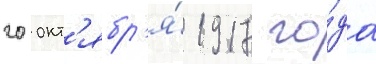
20 окт'ябр'я́ 1917 го́да